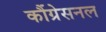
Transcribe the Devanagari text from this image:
कौंग्रेसनल